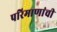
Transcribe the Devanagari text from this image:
परिमाणांची